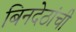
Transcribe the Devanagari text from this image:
बिनदेठांची